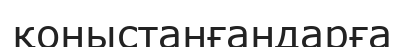
қоныстанғандарға